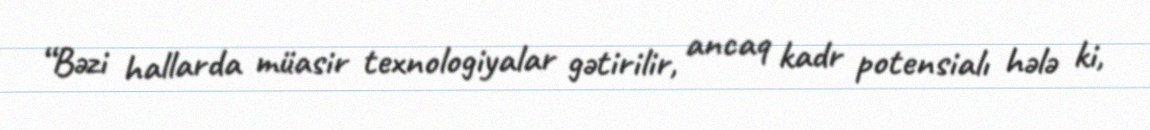
“Bəzi hallarda müasir texnologiyalar gətirilir, ancaq kadr potensialı hələ ki,